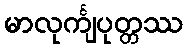
မာလုင်္ကျပုတ္တဿ